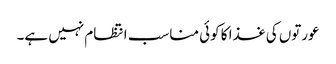
عورتوں کی غذا کا کوئی مناسب انتظام نہیں ہے۔